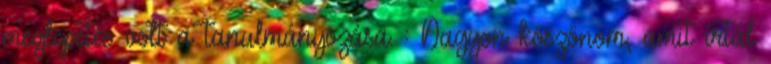
meglepetés volt a tanulmányozása. : Nagyon köszönöm, amit írtál